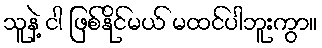
သူနဲ့ ငါ ဖြစ်နိုင်မယ် မထင်ပါဘူးကွာ။